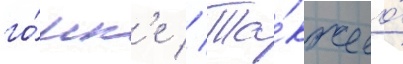
го́нк'е // Та́кже ео́